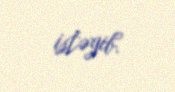
istəyib.